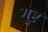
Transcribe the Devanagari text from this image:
गूर